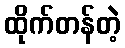
ထိုက်တန်တဲ့